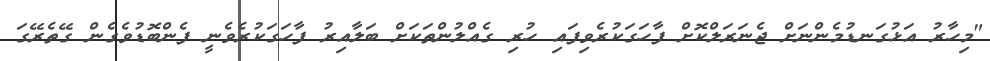
"މިހާރު އަޅުގަނޑުމެންނަށް ޖެނަރަލްކޮށް ފާހަގަކުރެވިފައި ހުރި ގެއްލުންތަކަށް ބަލާއިރު ފާހަގަކުރެވެނީ ފެންބޮޑުވެގެން ގޭތެރޭގަ